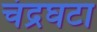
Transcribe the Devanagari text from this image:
चंद्रघटा